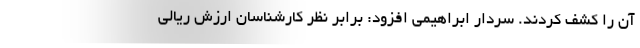
آن را کشف کردند. سردار ابراهیمی افزود: برابر نظر کارشناسان ارزش ریالی